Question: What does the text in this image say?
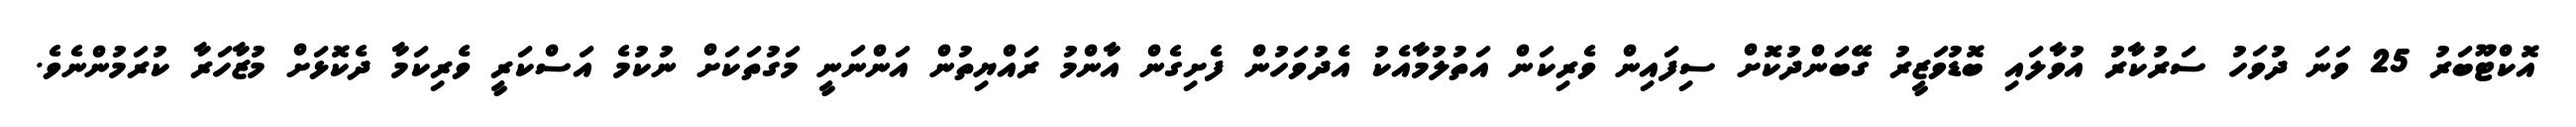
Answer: އޮކްޓޫބަރު 25 ވަނަ ދުވަހު ސަރުކާރު އުވާލައި ބޮޑުވަޒީރު ގޭބަންދުކޮށް ސިފައިން ވެރިކަން އަތުލުމާއެކު އެދުވަހުން ފެށިގެން އާންމު ރައްޔިތުން އަންނަނީ މަގުތަކަށް ނުކުމެ އަސްކަރީ ވެރިކަމާ ދެކޮޅަށް މުޒާހަރާ ކުރަމުންނެވެ.